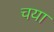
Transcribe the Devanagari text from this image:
चया